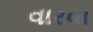
વારવા